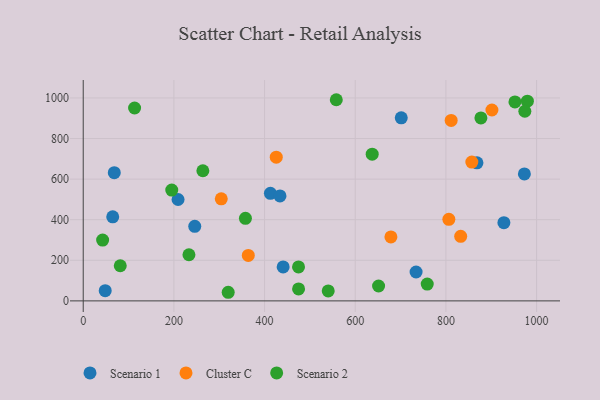
{"axis": {"x": "Study Hours", "y": "Yield"}, "legend": ["Cluster C", "Scenario 1", "Scenario 2"], "data": [{"x": "734.2", "y": 142.4, "type": "Scenario 1"}, {"x": "209.2", "y": 499.5, "type": "Scenario 1"}, {"x": "412.9", "y": 529.8, "type": "Scenario 1"}, {"x": "434.0", "y": 517.0, "type": "Scenario 1"}, {"x": "48.5", "y": 50.4, "type": "Scenario 1"}, {"x": "68.5", "y": 631.9, "type": "Scenario 1"}, {"x": "868.5", "y": 680.4, "type": "Scenario 1"}, {"x": "973.1", "y": 625.5, "type": "Scenario 1"}, {"x": "65.1", "y": 414.0, "type": "Scenario 1"}, {"x": "246.0", "y": 367.4, "type": "Scenario 1"}, {"x": "441.0", "y": 167.1, "type": "Scenario 1"}, {"x": "927.9", "y": 385.2, "type": "Scenario 1"}, {"x": "701.5", "y": 902.2, "type": "Scenario 1"}, {"x": "678.7", "y": 315.2, "type": "Cluster C"}, {"x": "304.5", "y": 503.1, "type": "Cluster C"}, {"x": "425.8", "y": 708.3, "type": "Cluster C"}, {"x": "857.2", "y": 684.2, "type": "Cluster C"}, {"x": "832.6", "y": 317.9, "type": "Cluster C"}, {"x": "811.6", "y": 889.0, "type": "Cluster C"}, {"x": "901.5", "y": 940.6, "type": "Cluster C"}, {"x": "806.5", "y": 402.0, "type": "Cluster C"}, {"x": "364.1", "y": 224.1, "type": "Cluster C"}, {"x": "357.8", "y": 406.8, "type": "Scenario 2"}, {"x": "475.0", "y": 58.8, "type": "Scenario 2"}, {"x": "113.3", "y": 950.4, "type": "Scenario 2"}, {"x": "979.7", "y": 984.2, "type": "Scenario 2"}, {"x": "474.9", "y": 167.1, "type": "Scenario 2"}, {"x": "81.7", "y": 173.2, "type": "Scenario 2"}, {"x": "558.2", "y": 991.2, "type": "Scenario 2"}, {"x": "974.1", "y": 934.5, "type": "Scenario 2"}, {"x": "540.4", "y": 49.1, "type": "Scenario 2"}, {"x": "319.8", "y": 42.4, "type": "Scenario 2"}, {"x": "42.8", "y": 299.5, "type": "Scenario 2"}, {"x": "233.2", "y": 227.3, "type": "Scenario 2"}, {"x": "758.8", "y": 82.9, "type": "Scenario 2"}, {"x": "952.3", "y": 980.2, "type": "Scenario 2"}, {"x": "877.2", "y": 901.4, "type": "Scenario 2"}, {"x": "651.5", "y": 73.2, "type": "Scenario 2"}, {"x": "637.4", "y": 722.8, "type": "Scenario 2"}, {"x": "195.3", "y": 545.9, "type": "Scenario 2"}, {"x": "263.9", "y": 641.2, "type": "Scenario 2"}]}